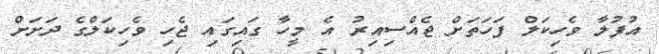
އުފުލާ ވެހިކަލް ފަހަތަށް ޖެއްސިއިރު އެ މީހާ ގައިގައި ޖެހި ވެހިކަލްގެ ދަށަށް